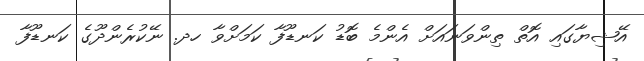
އޭޝިޔާގައި އޮތް ތިންވަނައަށް އެންމެ ބޮޑު ކަނޑޫފާ ކަމަށްވާ ހދ. ނޭކުރެންދޫގެ ކަނޑޫފާ